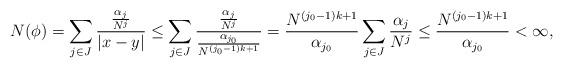
LaTeX: \begin{align*}N(\phi) &= \sum_{j \in J} \frac{ \frac{\alpha_j}{N^j}}{|x-y|} \leq \sum_{j\in J} \frac{ \frac{\alpha_j}{N^j}}{\frac{\alpha_{j_0}}{N^{(j_0-1)k + 1}}} = \frac{N^{(j_0-1)k +1}}{\alpha_{j_0}} \sum_{j\in J} \frac{\alpha_j}{N^j} \leq \frac{N^{(j_0-1)k +1}}{\alpha_{j_0}} < \infty,\end{align*}